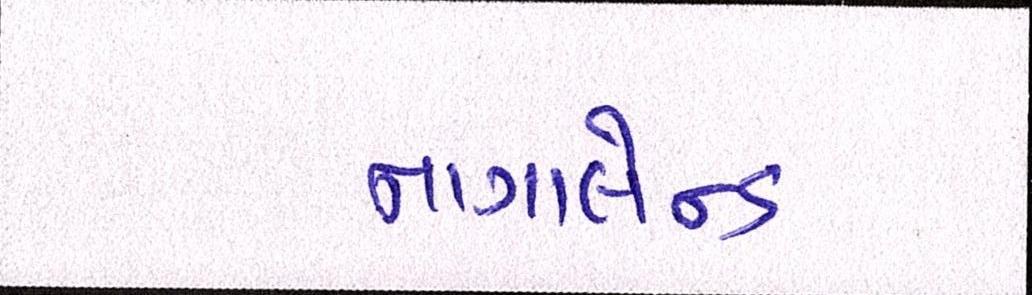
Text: નાગાલેન્ડ